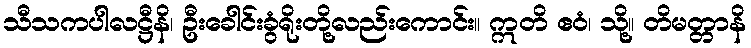
သီသကပါလဋ္ဌီနိ၊ ဦးခေါင်းခွံရိုးတို့လည်းကောင်း။ ဣတိ ဧဝံ၊ သို့။ တိမတ္တာနိ